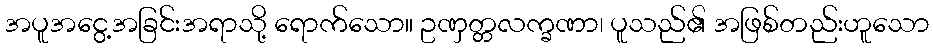
အပူအငွေ့အခြင်းအရာသို့ ရောက်သော။ ဥဏှတ္တလက္ခဏာ၊ ပူသည်၏ အဖြစ်တည်းဟူသော